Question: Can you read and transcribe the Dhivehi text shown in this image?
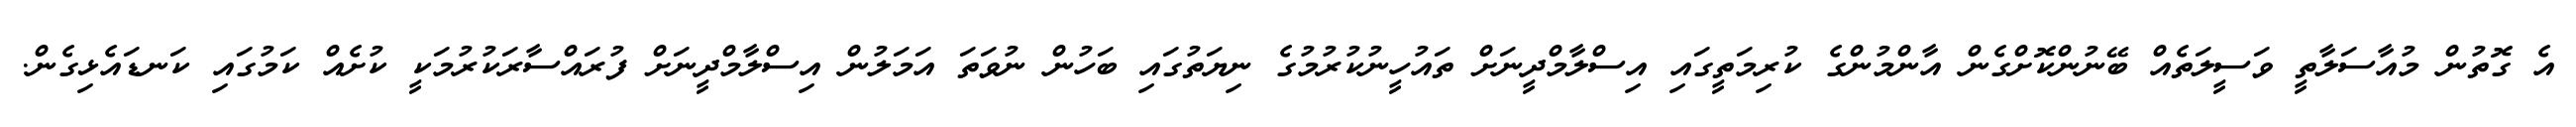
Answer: އެ ގޮތުން މުއާސަލާތީ ވަސީލަތެއް ބޭނުންކޮށްގެން އާންމުންގެ ކުރިމަތީގައި އިސްލާމްދީނަށް ތައުހީނުކުރުމުގެ ނިޔަތުގައި ބަހުން ނުވަތަ އަމަލުން އިސްލާމްދީނަށް ފުރައްސާރަކުރުމަކީ ކުށެއް ކަމުގައި ކަނޑައެޅިގެން.